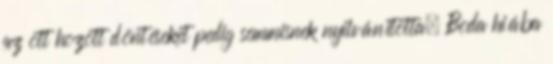
az ott hozott döntéseket pedig semmisnek nyilvánította. Boda hiába